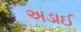
અડાઈ